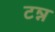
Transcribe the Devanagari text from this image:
टन्न